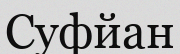
Суфйан